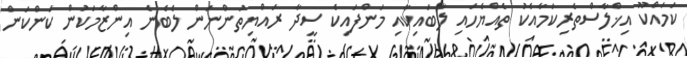
ކަމައްކޫ އިޚްލާސްތެރިކަމާއެކު ތެއްޔެހައި ލާބައިކާއި މަންފައިކެ ސީދާ ރައްޔިތުންނަން ލެބެނެ އިންޒާމަކުން ކަންކަން